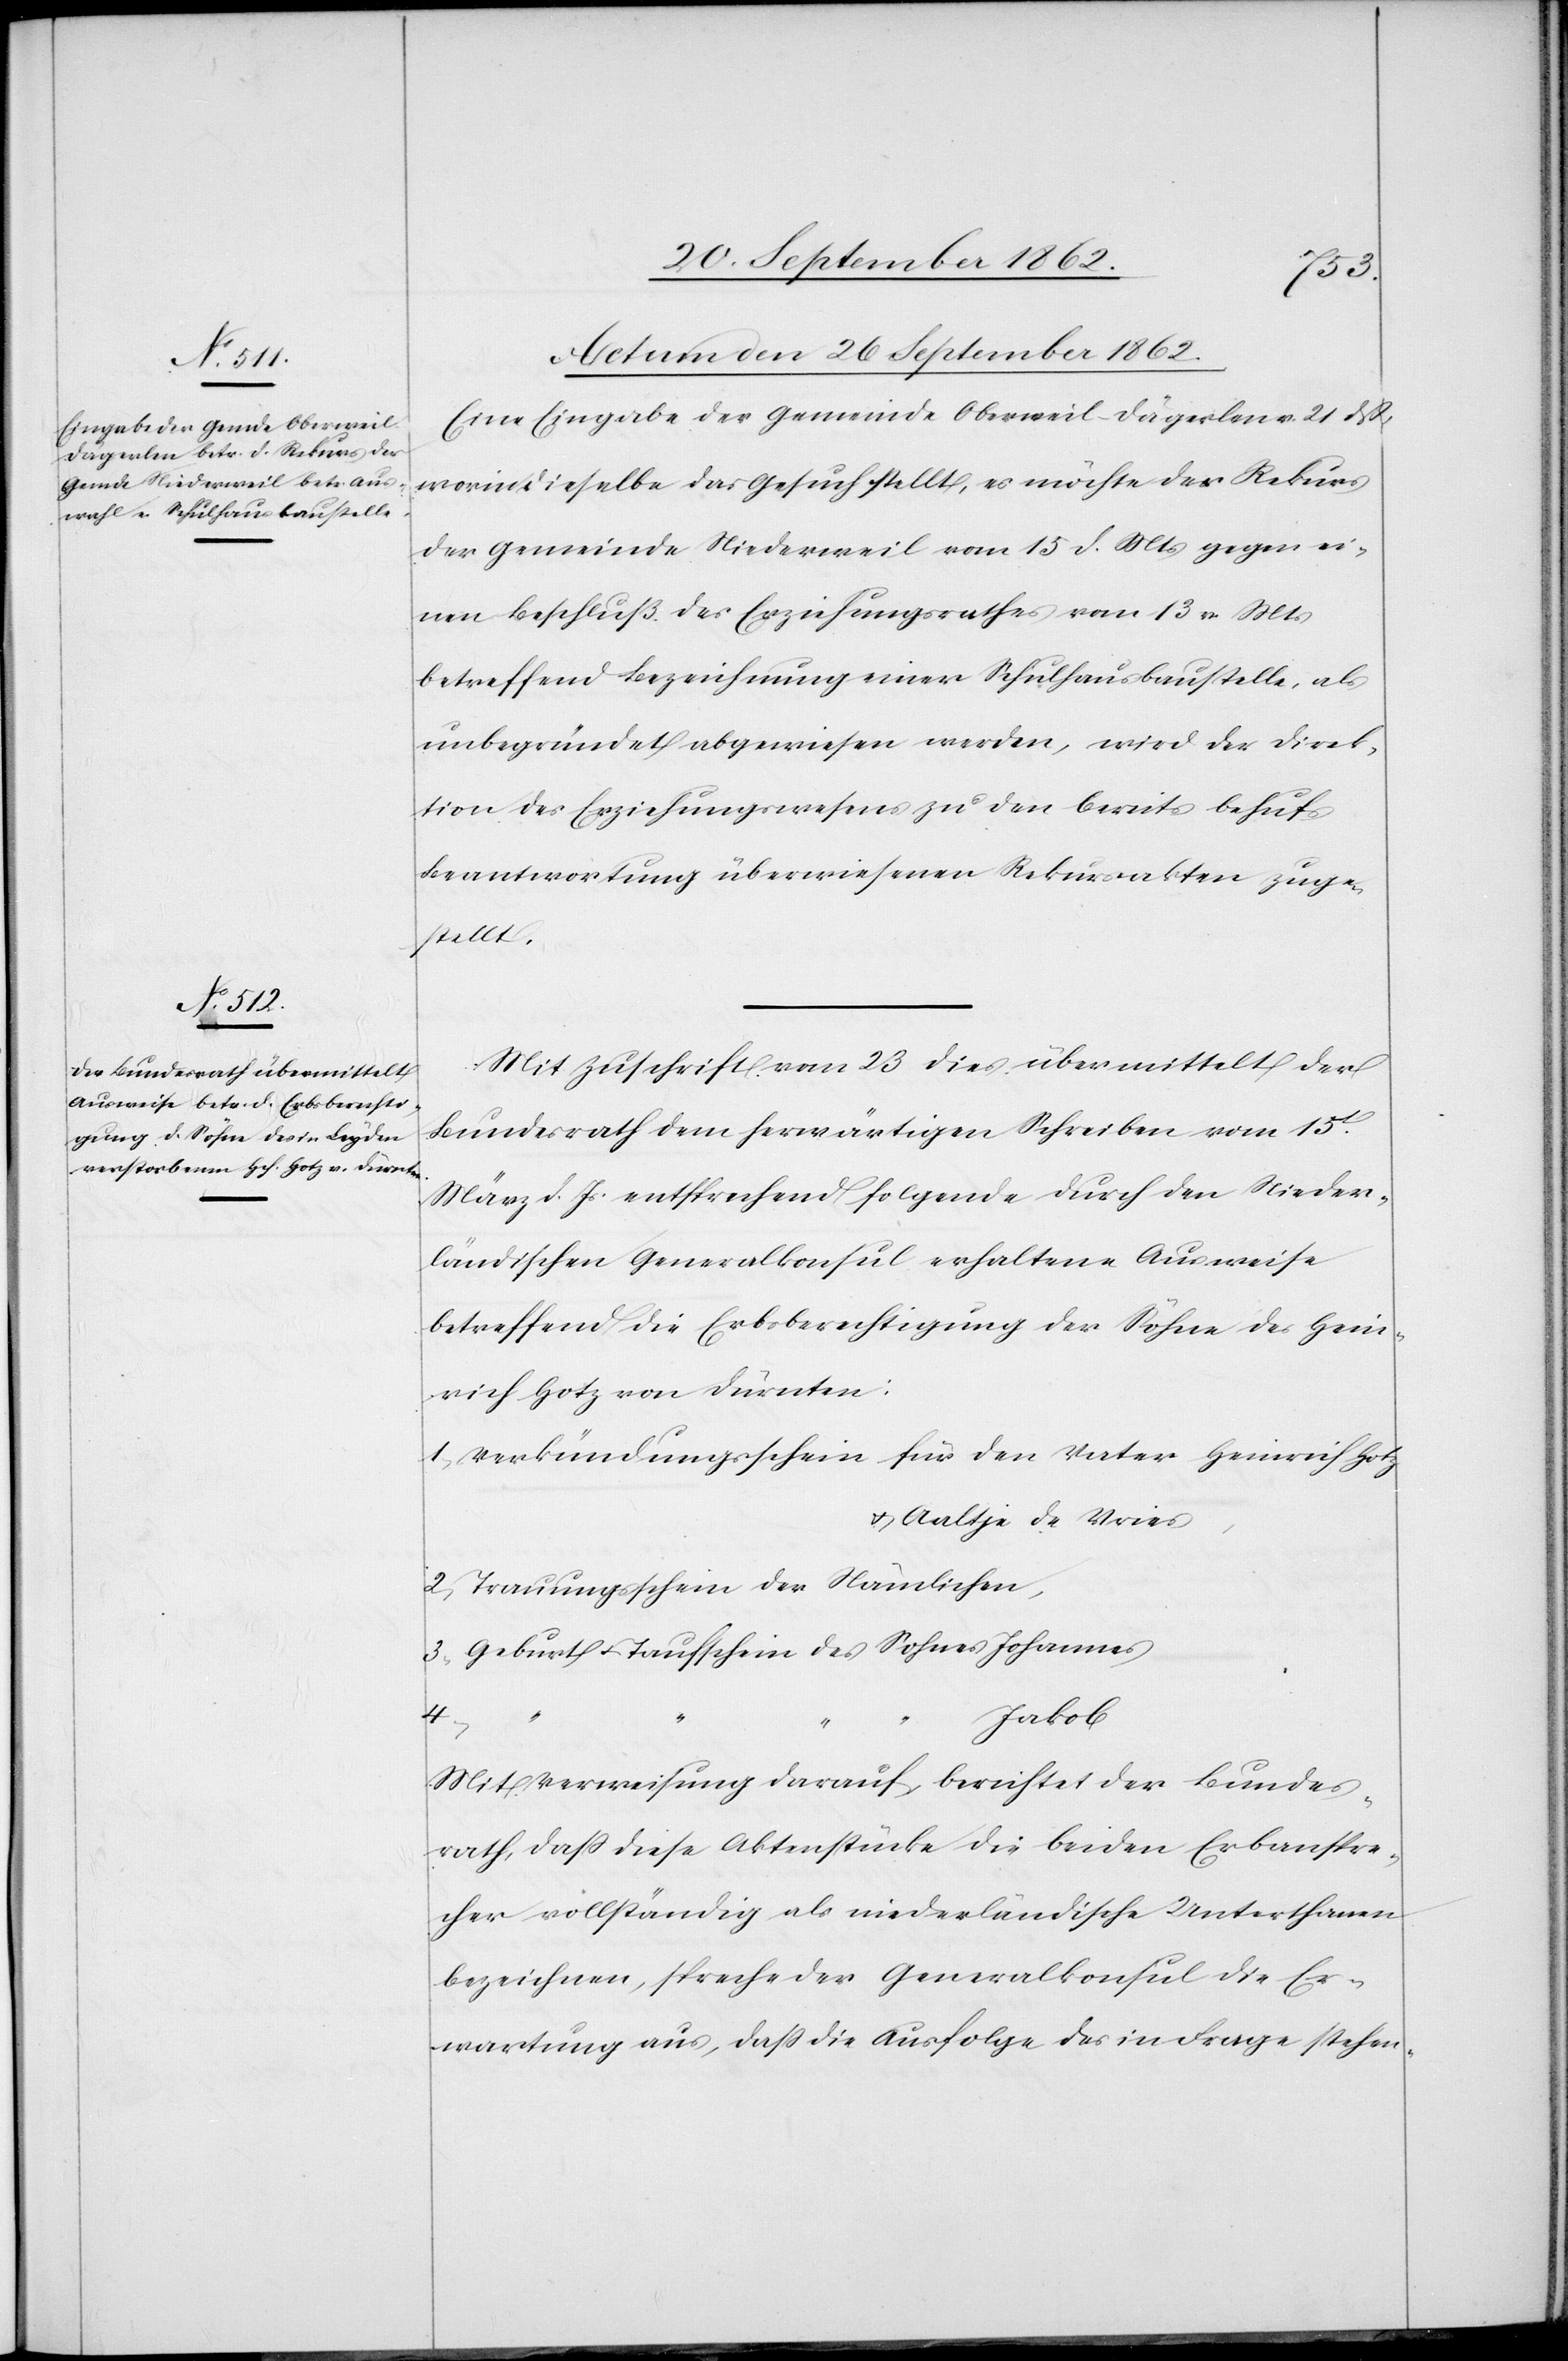
u.
Actum den 26. September 1862.]
Eine Eingabe der Gemeinde Oberweil-Dägerlen v. 21. dß.,
worin dieselbe das Gesuch stellt, es möchte der Rekurs
der Gemeinde Niederweil vom 15. d. Mts. gegen ei¬
nen Beschluß des Erziehungsrathes vom 13. v. Mts.
betreffend Bezeichnung einer Schulhausbaustelle, als
unbegründet abgewiesen werden, wird der Direk¬
tion des Erziehungswesens zu den bereits behufs
Beantwortung überwiesenen Rekursalakten zuge¬
stellt.
Mit Zuschrift vom 23. dies übermittelt der
Bundesrath dem herwärtigen Schreiben vom 15t
März d. Js. entsprechend folgende durch den Nieder¬
ländischen Generalkonsul erhaltene ausweise
betreffend die Erbsberechtigung der Söhne des Hein¬
rich Hotz von Dürnten:
1. Verkündungsschein für den Vater Heinrich Hotz
u. Aaltje de Vries,
2. Trauungsschein der Nämlichen,
4.
“
Jakob
Mit Verweisung darauf, berichtet der Bundes¬
rath, daß diese Aktenstücke die beiden Erbansspre¬
cher vollständig als niederländische Unterthanen
bezeichnen, spreche der Generalkonsul die Er¬
wartung aus, daß die Ausfolge des in Frage stehen-